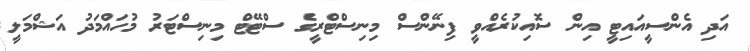
އަދި އެންސީއައިޓީ އިން ސޮއިކުރެއްވީ ފިނޭންސް މިނިސްޓްރީގެ ސްޓޭޓް މިނިސްޓަރު މުހައްމަދު އަޝްމަލީ